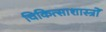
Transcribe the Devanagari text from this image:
चिकित्साशास्त्रों